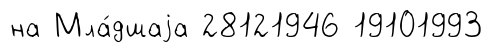
на Мла́дшаjа 28121946 19101993